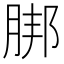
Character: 𦜅